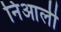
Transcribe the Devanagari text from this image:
निआली